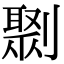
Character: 㔌